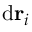
\textrm d { \bf r } _ { i }